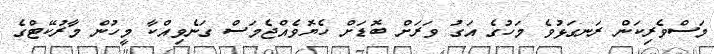
މަސްވެރިކަން ރަނގަޅުވެ މަހުގެ އަގު ވަރަށް ބޮޑަށް ހެޔޮވެއްޖެމަސް ގަނެވިއްކާ މީހުން މާރުކޭޓްގެ